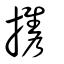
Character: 携